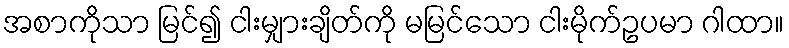
အစာကိုသာ မြင်၍ ငါးမျှားချိတ်ကို မမြင်သော ငါးမိုက်ဥပမာ ဂါထာ။